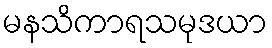
မနသိကာရသမုဒယာ